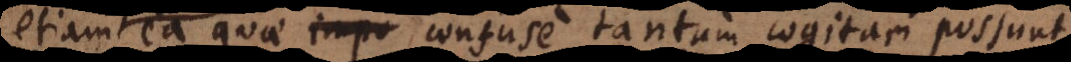
ea ea quae confuse tantum cogitari possunt,